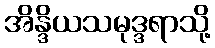
အိန္ဒိယသမုဒ္ဒရာသို့